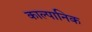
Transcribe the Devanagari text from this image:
काल्पानिक